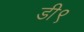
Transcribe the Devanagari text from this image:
डी९